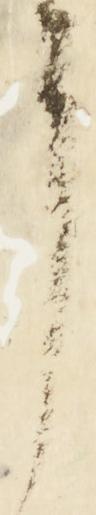
了